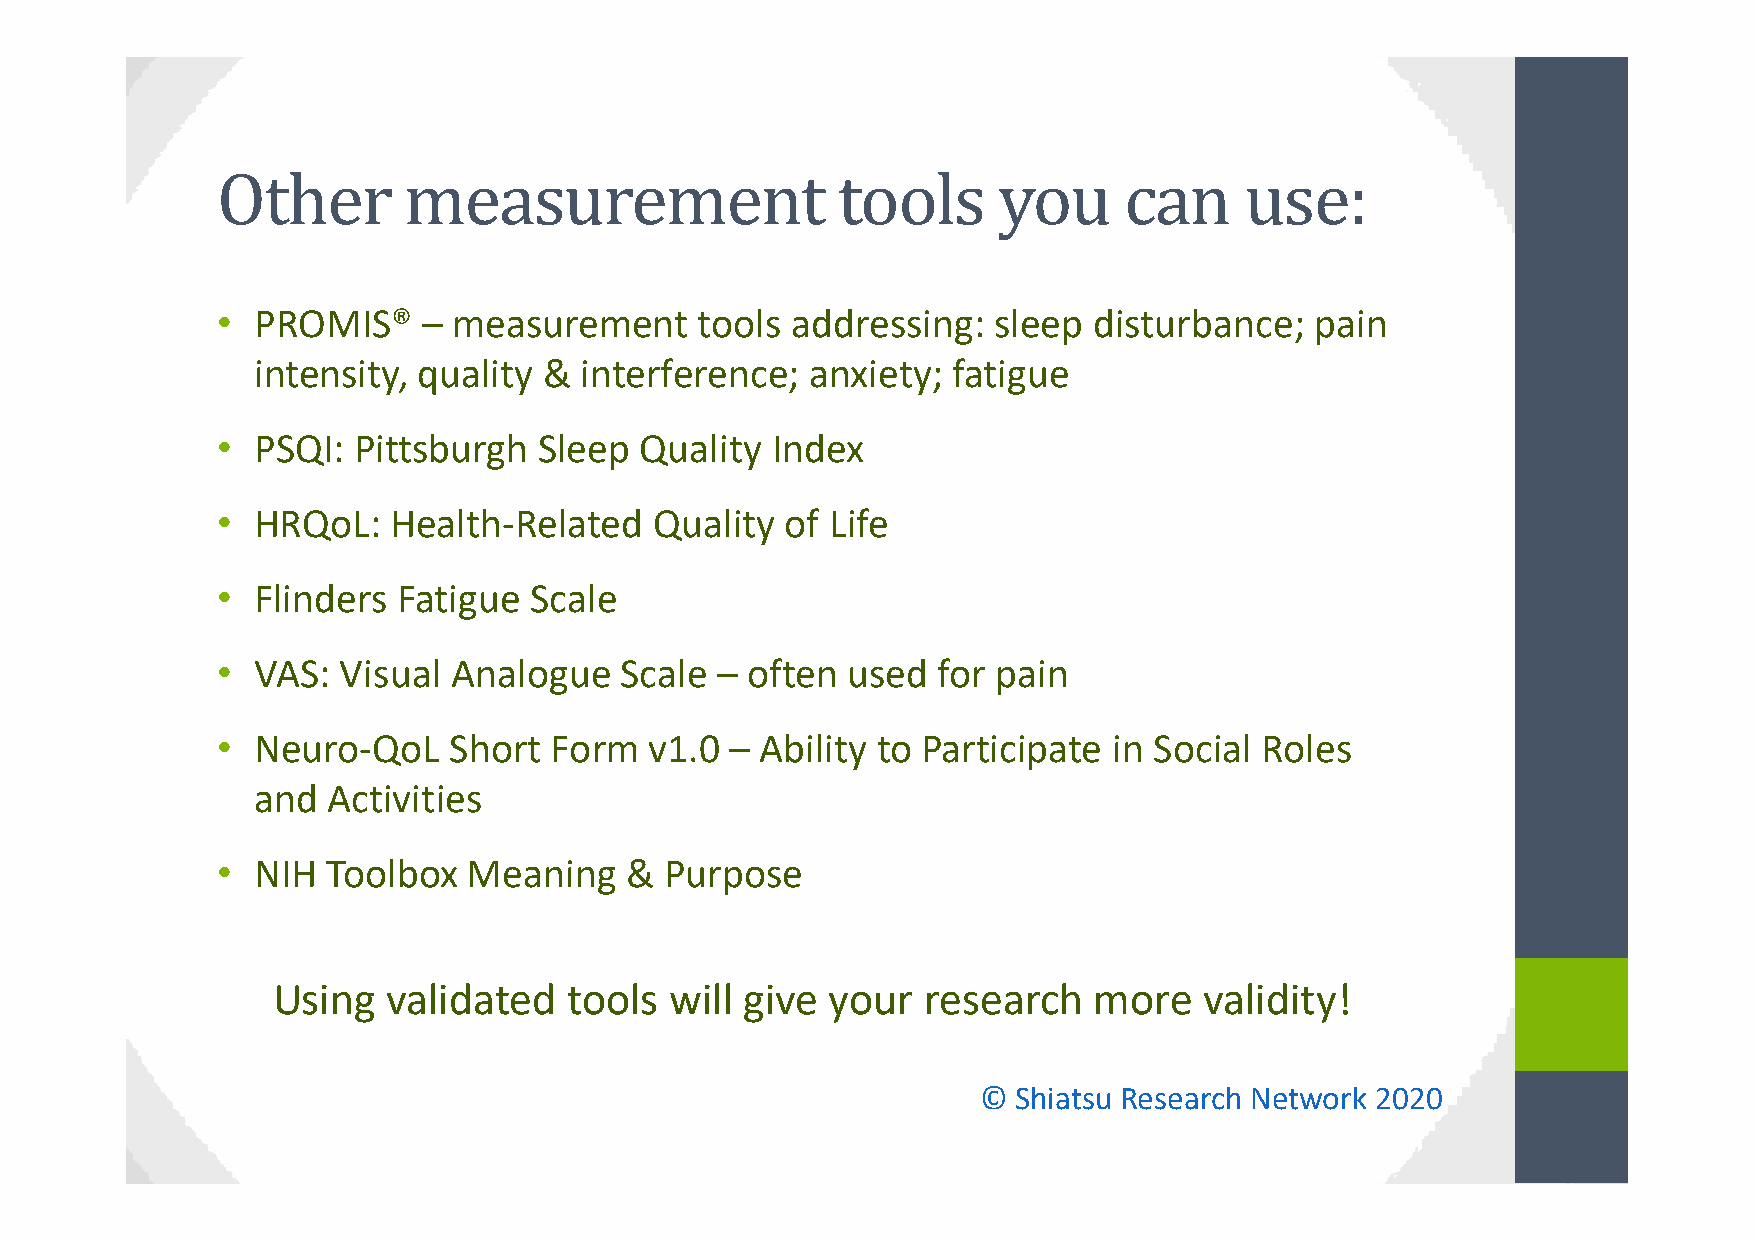
Other        measurement                 tools      you     can     use:
 •  PROMIS®    – measurement     tools addressing:   sleep disturbance;   pain
 intensity, quality & interference;   anxiety; fatigue
 •  PSQI: Pittsburgh   Sleep Quality  Index
 •  HRQoL:   Health-Related   Quality  of Life
 •  Flinders Fatigue  Scale
 •  VAS: Visual  Analogue   Scale – often  used  for pain
 •  Neuro-QoL    Short Form   v1.0 – Ability to Participate  in Social Roles
 and  Activities
 •  NIH  Toolbox  Meaning   &  Purpose
 Using   validated   tools will give  your  research   more    validity!
 © Shiatsu Research Network 2020